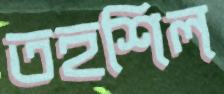
তহশিল